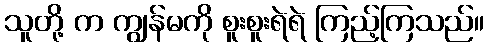
သူတို့ က ကျွန်မကို စူးစူးရဲရဲ ကြည့်ကြသည်။